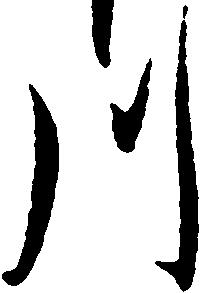
川